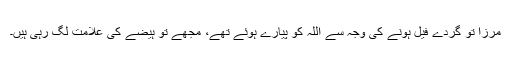
مرزا تو گردے فیل ہونے کی وجہ سے اللہ کو پیارے ہوئے تھے، مجھے تو ہیضے کی علامت لگ رہی ہیں۔